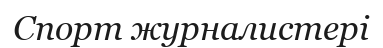
Спорт журналистері